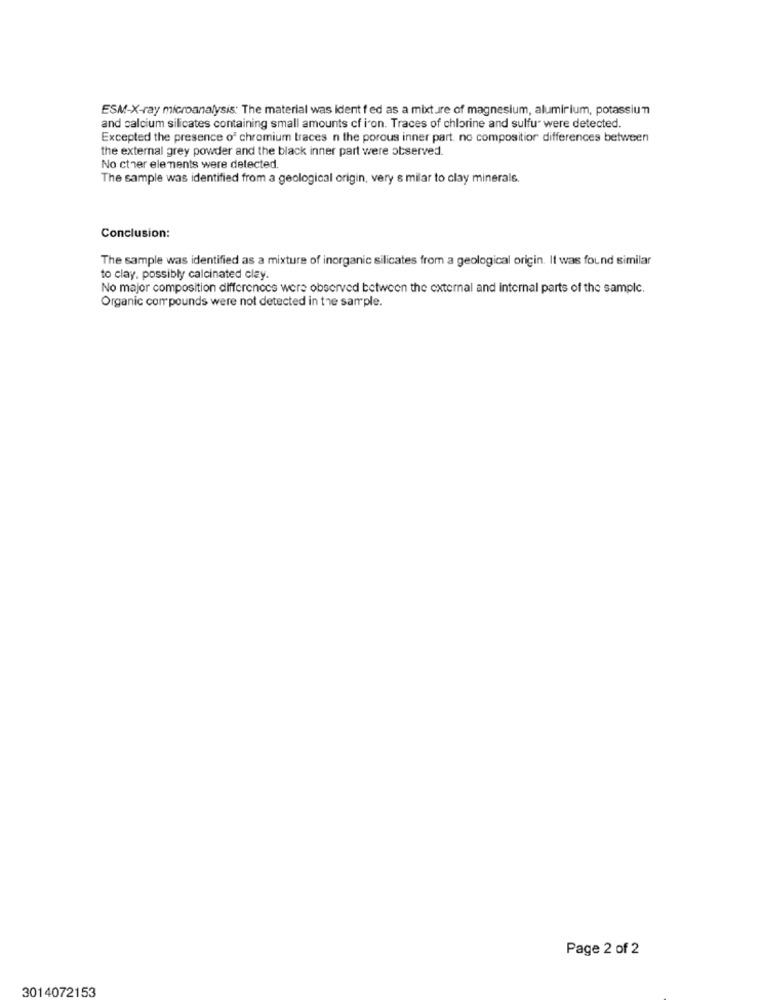
ESM-X-ray microanalysis: The material was ident f ed as a mixture of magnesium, aluminium, potassium
and calcium silicates containing small amounts cf i'on. Traces of chlorine and sulfu were detected.
Excepted the presence of chromium traces n the porous inner part. no composition differences between
the external grey powder and the black inner part were observed.
No cther elements were detected.
The sample was identified from a geological origin, very s milar to clay minerals.
Conclusion:
The sample was identified as a mixture of inorganic silicates from a geological origin. It was found similar
to clay, possibly calcinated clay
No major composition difference were observed between the external and internal parts of the sample.
Organic compounds were not detected in the sample.
Page 2 of 2
3014072153